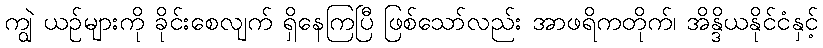
ကျွဲ ယဉ်များကို ခိုင်းစေလျက် ရှိနေကြပြီ ဖြစ်သော်လည်း အာဖရိကတိုက်၊ အိန္ဒိယနိုင်ငံနှင့်